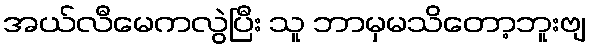
အယ်လီမေကလွဲပြီး သူ ဘာမှမသိတော့ဘူးဗျ